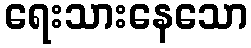
ရေးသားနေသော